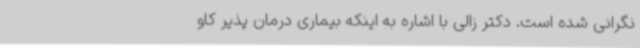
نگرانی شده است. دکتر زالی با اشاره به اینکه بیماری درمان پذیر کاو